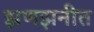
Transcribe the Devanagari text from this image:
झणझनीत